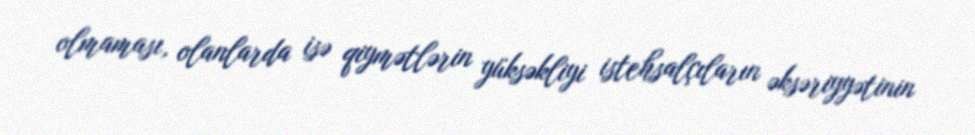
olmaması, olanlarda isə qiymətlərin yüksəkliyi istehsalçıların əksəriyyətinin